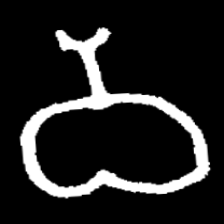
Pyu character \u2014 Myanmar letter: ဝ (romanized: wa)